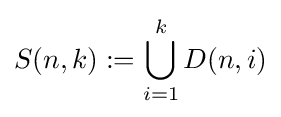
S(n,k):=\bigcup _{i=1}^{k}D(n,i)